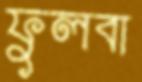
ফুলবা